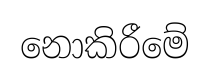
නොකිරීමේ